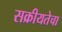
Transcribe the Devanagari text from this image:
सक्रीयतेचा